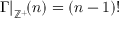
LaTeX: { \Gamma | } _ { \mathbb { Z } ^ { + } } \! ( n ) = ( n - 1 ) !